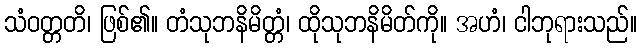
သံဝတ္တတိ၊ ဖြစ်၏။ တံသုဘနိမိတ္တံ၊ ထိုသုဘနိမိတ်ကို။ အဟံ၊ ငါဘုရားသည်။